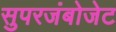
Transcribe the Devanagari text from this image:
सुपरजंबोजेट